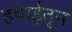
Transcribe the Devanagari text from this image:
हवाईतून